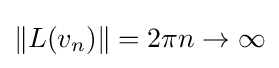
\|L(v_{n})\|=2\pi n\to \infty